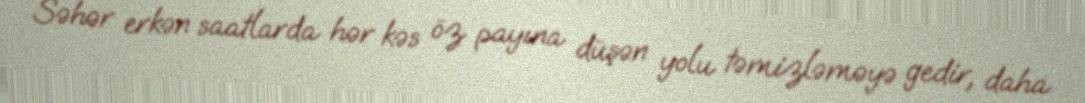
Səhər erkən saatlarda hər kəs öz payına düşən yolu təmizləməyə gedir, daha